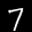
Digit: 7